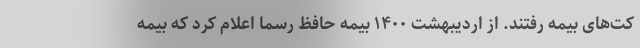
کت‌های بیمه رفتند. از اردیبهشت ۱۴۰۰ بیمه حافظ رسما اعلام کرد که بیمه